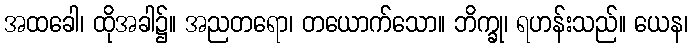
အထခေါ၊ ထိုအခါ၌။ အညတရော၊ တယောက်သော။ ဘိက္ခု၊ ရဟန်းသည်။ ယေန၊